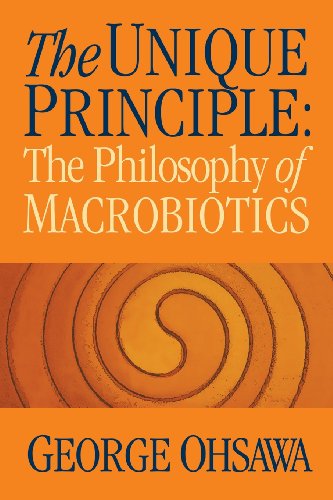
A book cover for The Unique Principle: The Philosophy of Macrobiotics; George Ohsawa; Health, Fitness & Dieting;